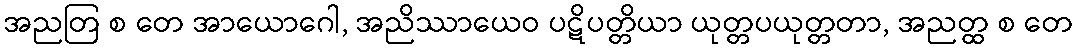
အညတြ စ တေ အာယောဂေါ, အညိဿာယေဝ ပဋိပတ္တိယာ ယုတ္တပယုတ္တတာ, အညတ္ထ စ တေ